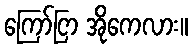
ကြော်ငြာ အိုကေလား။